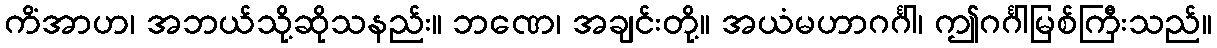
ကိံအာဟ၊ အဘယ်သို့ဆိုသနည်း။ ဘဏေ၊ အချင်းတို့။ အယံမဟာဂင်္ဂါ၊ ဤဂင်္ဂါမြစ်ကြီးသည်။